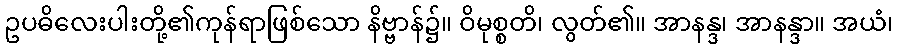
ဥပဓိလေးပါးတို့၏ကုန်ရာဖြစ်သော နိဗ္ဗာန်၌။ ဝိမုစ္စတိ၊ လွတ်၏။ အာနန္ဒ၊ အာနန္ဒာ။ အယံ၊